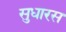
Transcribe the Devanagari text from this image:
सुधारस